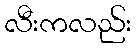
လီးကလည်း